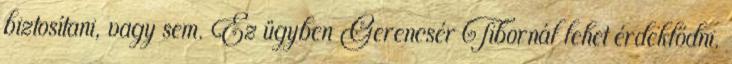
biztosítani, vagy sem. Ez ügyben Gerencsér Tibornál lehet érdeklődni.